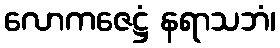
လောကဇေဋ္ဌံ နရာသဘံ၊